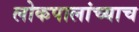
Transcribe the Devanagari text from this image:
लोकपालांच्याच